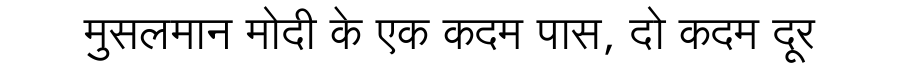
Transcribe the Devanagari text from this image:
मुसलमान मोदी के एक कदम पास, दो कदम दूर